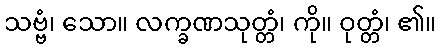
သဗ္ဗံ၊ သော။ လက္ခဏသုတ္တံ၊ ကို။ ဝုတ္တံ၊ ၏။